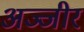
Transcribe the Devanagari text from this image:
अज्जीर